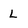
Character: L